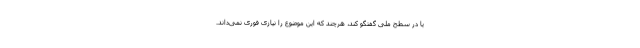
یا در سطح ملی گفتگو کند، هرچند که این موضوع را نیازی فوری نمی‌داند.